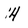
Character: 4